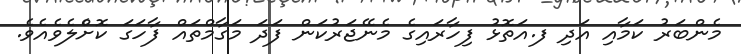
މެންބަރު ކަމާއި އަދި ފ.އަތޮޅު ފިހާރައިގެ މެނޭޖަރުކަން ފަދަ މަގާމްތައް ފާހަގަ ކޮށްެލެވެއެވެ.